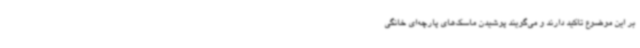
بر این موضوع تاکید دارند و می‌گویند پوشیدن ماسک‌های پارچه‌ای خانگی